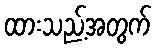
ထားသည့်အတွက်